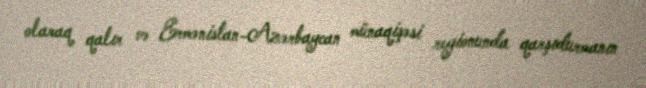
olaraq qalır və Ermənistan-Azərbaycan münaqişəsi regionunda qarşıdurmanın